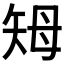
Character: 𥎳